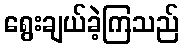
ရွေးချယ်ခဲ့ကြသည်